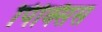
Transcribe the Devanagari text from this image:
पिक्सिस